Lunatic asylums United Prov. 1922-30 - 1922-1930
Year: 1922
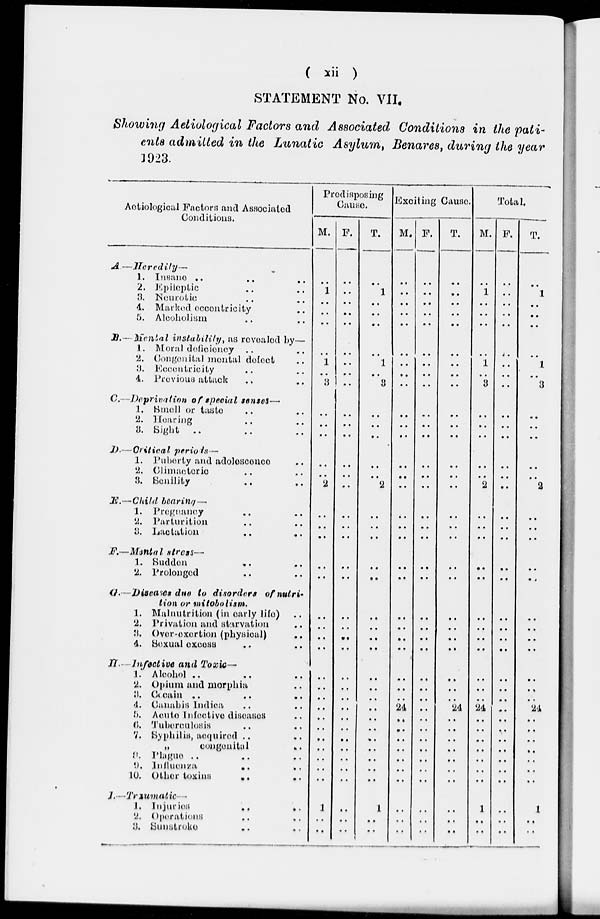
( xii )
STATEMENT No. VII.
Showing Aetiological Factors and Associated Conditions in the pati-
ents admitted in the Lunatic Asylum, Benares, during the year
1923.
Aetiological Factors and Associated
Conditions.
A.—
B.—
C.—
D.—
E.—
F.—
G.—
H.—
I.—
Heredity—
1.
Insane
.. ..
2. Epileptic .. ..
3. Neurotic .. ..
4. Marked eccentricity ..
5. Alcoholism .. ..
Menial instability, as revealed by—
1. Moral deficiency .. ..
2. Congenital mental defect ..
3. Eccentricity .. ..
4. Previous attack .. ..
Deprivation of special senses—
1. Small or taste .. ..
2. Hearing .. ..
3. Sight .. .. ..
Critical periods—
1. Puberty and adolescence ..
2. Climacteric .. ..
3. Senility .. ..
Child bearing—
1. Pregnancy .. ..
2. Parturition .. ..
3. Lactation
..
..
Mental stress—
1. Sudden .. ..
2. Prolonged .. ..
Diseases due to disorders of nutri-
tion or mitobolism.
1. Malnutrition (in early life) ..
2. Privation and starvation ..
3. Over-exertion (physical) ..
4. Sexual excess .. ..
Infective and Toxic—
1. Alcohol .. .. ..
2. Opium and morphia ..
3. Cocain .. .. ..
4. Canabis Indica .. ..
5. Acute Infective diseases ..
6. Tuberculosis .. ..
7. Syphilis, acquired .. ..
„
congenital ..
8. Plague .. .. ..
9. Influenza
..
..
10. Other toxins
..
..
Traumatic—
1. Injuries
..
..
2. Operations .. ..
3. Sunstroke .. ..
Predisposing
Cause.
M.
..
1
..
..
..
..
1
..
3
..
..
..
..
2
..
..
..
..
..
..
..
..
..
..
..
..
..
..
..
..
..
..
..
..
1
..
..
F.
..
..
..
..
..
..
..
..
..
..
..
..
..
..
..
..
..
..
..
..
..
..
..
..
..
..
..
..
..
..
..
..
..
..
..
..
..
..
T.
..
1
..
..
..
..
1
..
3
..
..
..
..
..
2
..
..
..
..
..
..
..
..
..
..
..
..
..
..
..
..
..
..
..
..
1
..
..
Exciting Cause.
M.
..
..
..
..
..
..
..
..
..
..
..
..
..
..
..
..
..
..
..
..
..
..
..
..
..
..
..
24
..
..
..
..
..
..
..
..
..
..
F.
..
..
..
..
..
..
..
..
..
..
..
..
....
..
..
..
..
..
..
..
..
..
..
..
..
..
..
..
..
..
..
..
..
..
..
..
..
..
T.
..
..
..
..
..
..
..
..
..
..
..
..
..
..
..
..
..
..
..
..
..
..
..
....
..
..
..
24
..
..
..
..
..
..
..
..
..
..
Total.
M.
..
1
..
..
..
..
1
..
3
..
..
..
..
..
2
..
..
..
..
..
..
..
..
..
..
..
..
24
..
..
..
..
..
..
..
1
..
..
F.
..
..
..
..
..
..
..
..
..
..
..
..
..
..
..
..
..
..
..
..
..
..
..
..
..
..
..
..
..
..
..
..
..
..
..
..
..
..
T.
..
1
..
..
..
..
1
..
3
..
..
..
..
..
2
..
..
..
..
..
..
..
..
..
..
..
..
24
..
..
..
..
..
..
..
1
..
..